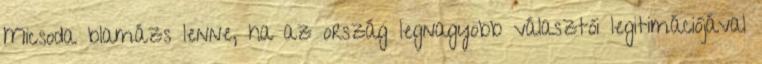
Micsoda blamázs lenne, ha az ország legnagyobb választói legitimációjával